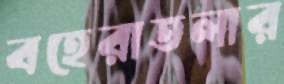
বহেরাতলার